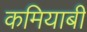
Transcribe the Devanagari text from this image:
कमियाबी